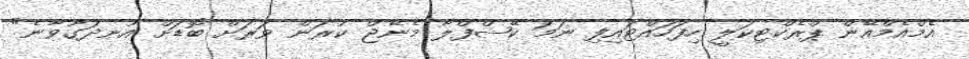
އެމްއެމްއޭން ޕްރެކްޓިކަލީ ހިފަހައްޓައިފި ނަމަ ކޭޝްފްލޯ މެނޭޖް ކުރަން ވަރަށް ބޮޑަށް އުނދަގޫވާނެ"